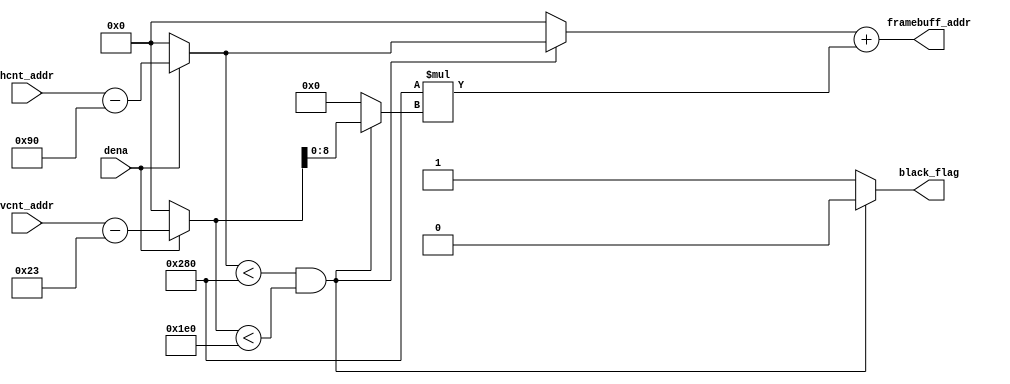
module addr_gen_filter3 (hcnt_addr, vcnt_addr, dena, framebuff_addr, black_flag);
input [9:0] hcnt_addr;
input [9:0] vcnt_addr;
input dena;
output [18:0] framebuff_addr;
output black_flag;

reg [9:0]  vcnt_var;
reg [9:0]  hcnt_var; 
reg [18:0] framebuff_addr;
reg [9:0] y;
reg [9:0] x;
reg black_flag;

always @(*)
begin
	if(dena)
		begin 
			hcnt_var = hcnt_addr - 144;
			vcnt_var = vcnt_addr - 35;
		end
	else
		begin
			hcnt_var = 0;
			vcnt_var = 0;
		end
end 

always @(*)
begin
			// making sure that hcnt_var will not exceed 640
			// and vcnt_var will not exceed 480
		if((hcnt_var < 640) && (vcnt_var < 480))
			begin
				x = (hcnt_var[9:0]);  //x = hcnt_var;
				y = (vcnt_var[8:0]);  //y = vcnt_var;
				black_flag = 1'b0;
			end
		else
			begin
				x = 0;
				y = 0;
				black_flag = 1'b1;
			end
		
	framebuff_addr = x + 640 *(y);
end
endmodule